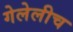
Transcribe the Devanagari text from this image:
गेलेलीच